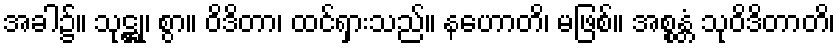
အခါ၌။ သုဋ္ဌု၊ စွာ။ ဝိဒိတာ၊ ထင်ရှားသည်။ နဟောတိ၊ မဖြစ်။ အစ္စန္တံ သုဝိဒိတာတိ၊